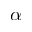
\alpha